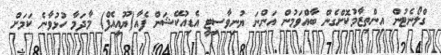
ގްލޯނެޓުން އިންތިޒާމުކޮށްގެން ބާއްވަމުން އަންނަ ޔުނިވާސިޓީ އެޑިއުކޭޝަން ފެއާ(ޔޫއީއެފް) މާދަމާ ހުޅުވާނެ ކަމަށް